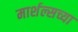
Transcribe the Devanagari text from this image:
मार्शल्सच्या